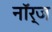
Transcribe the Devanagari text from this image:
नॉर्ज